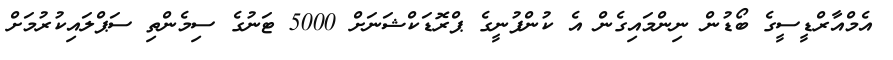
އެމްއާރްޑީސީގެ ބޯޑުން ނިންމައިގެން އެ ކުންފުނީގެ ޕްރޮޑަކްޝަނަށް 5000 ޓަނުގެ ސިމެންތި ސަޕްލައިކުރުމަށް